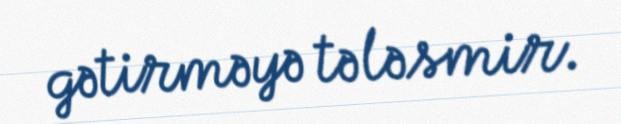
gətirməyə tələsmir.